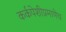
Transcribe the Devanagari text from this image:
कर्कपेशीप्रमाणेच